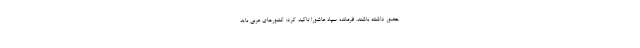
حضور داشته باشند. فرمانده سپاه عاشورا تاکید کرد: کشورهای عربی باید